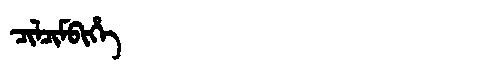
Manchu: ᠴᡳᠯᠴᡳᠮᠪᡳᡥᡝ
Romanization: CILCIMBIHE